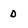
Character: d